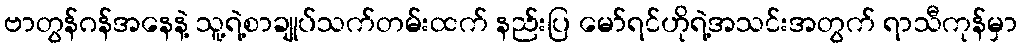
ဗာတွန်ဂန်အနေနဲ့ သူ့ရဲ့စာချုပ်သက်တမ်းထက် နည်းပြ မော်ရင်ဟိုရဲ့အသင်းအတွက် ရာသီကုန်မှာ